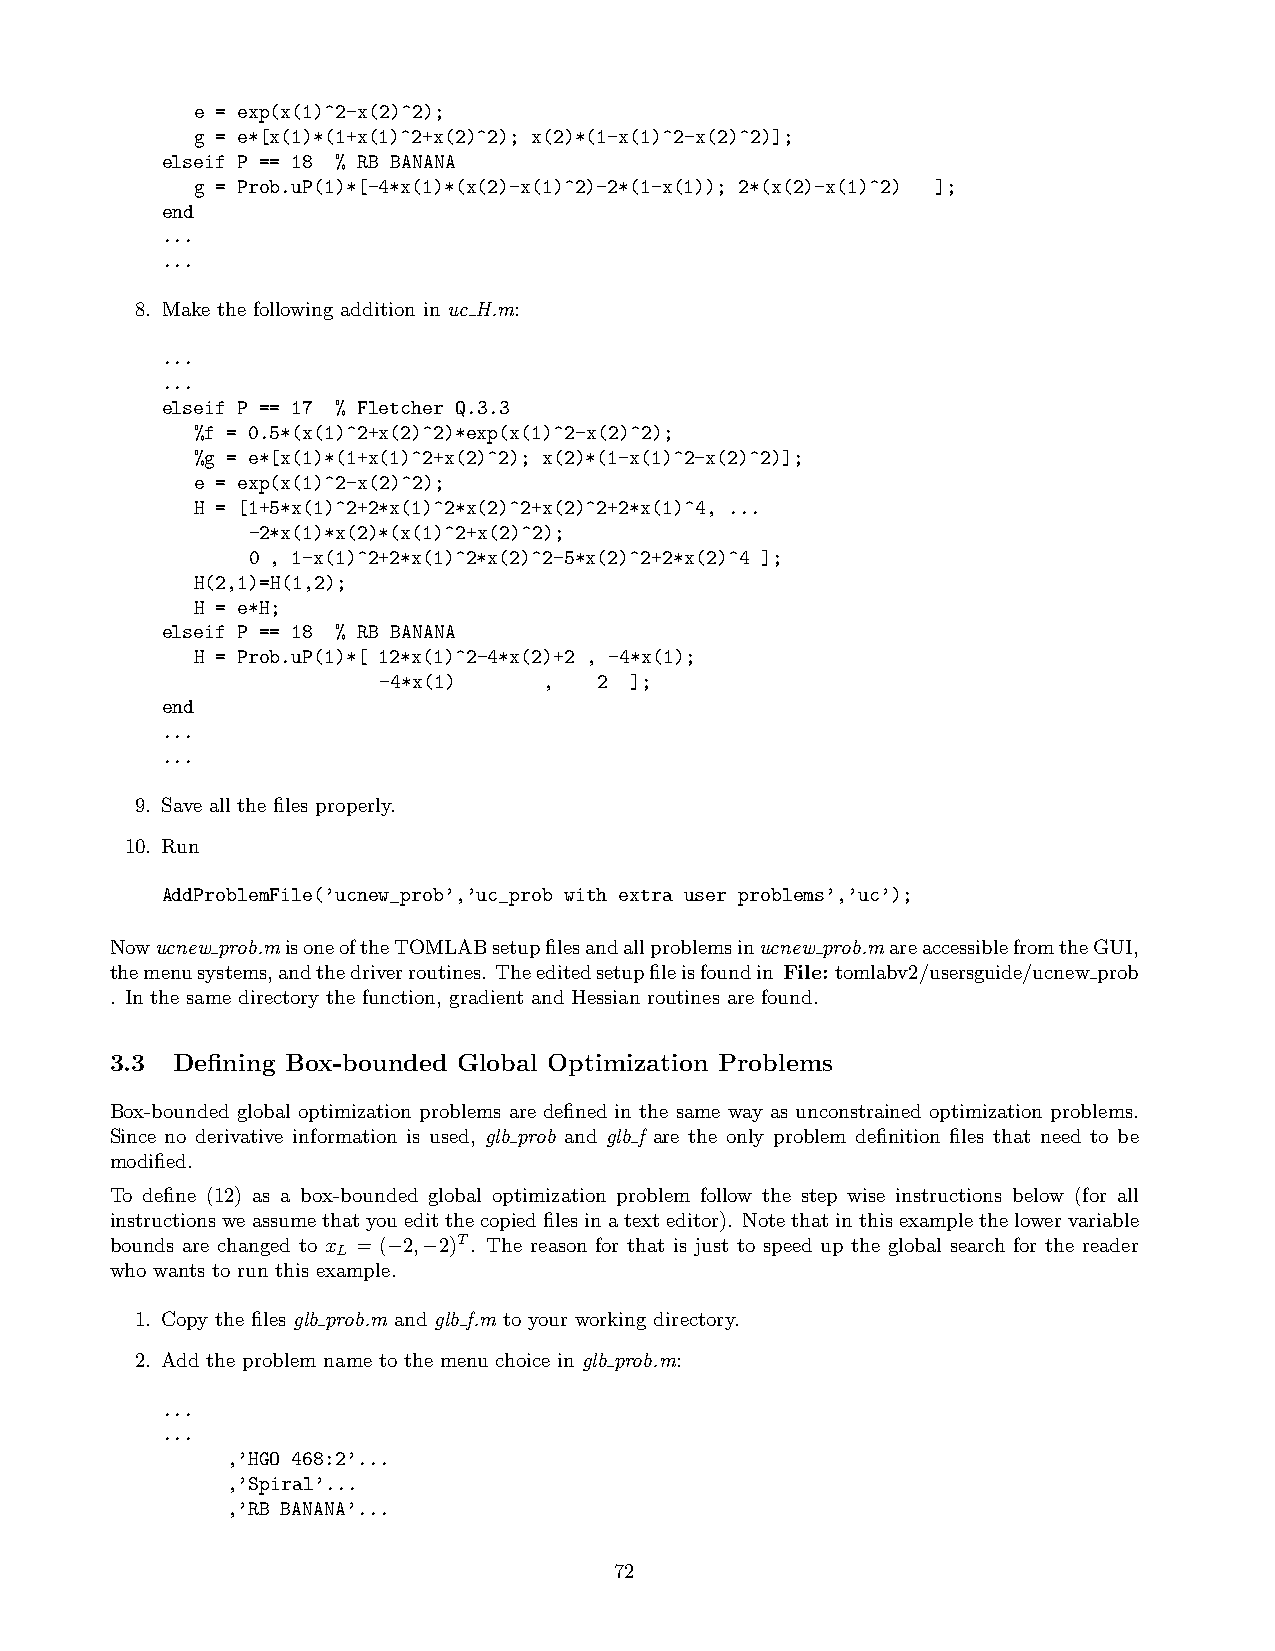
e = exp(x(1)^2-x(2)^2);
 g = e*[x(1)*(1+x(1)^2+x(2)^2); x(2)*(1-x(1)^2-x(2)^2)];
 elseif P == 18 % RB BANANA
 g = Prob.uP(1)*[-4*x(1)*(x(2)-x(1)^2)-2*(1-x(1)); 2*(x(2)-x(1)^2) ];
 end
 ...
 ...
 8. Make the following addition in uc H.m:
 ...
 ...
 elseif P == 17 % Fletcher Q.3.3
 %f = 0.5*(x(1)^2+x(2)^2)*exp(x(1)^2-x(2)^2);
 %g = e*[x(1)*(1+x(1)^2+x(2)^2); x(2)*(1-x(1)^2-x(2)^2)];
 e = exp(x(1)^2-x(2)^2);
 H = [1+5*x(1)^2+2*x(1)^2*x(2)^2+x(2)^2+2*x(1)^4, ...
 -2*x(1)*x(2)*(x(1)^2+x(2)^2);
 0 , 1-x(1)^2+2*x(1)^2*x(2)^2-5*x(2)^2+2*x(2)^4 ];
 H(2,1)=H(1,2);
 H = e*H;
 elseif P == 18 % RB BANANA
 H = Prob.uP(1)*[ 12*x(1)^2-4*x(2)+2 , -4*x(1);
 -4*x(1)    ,   2 ];
 end
 ...
 ...
 9. Save all the files properly.
 10. Run
 AddProblemFile(’ucnew_prob’,’uc_prob with extra user problems’,’uc’);
 Nowucnew prob.misoneoftheTOMLABsetupfilesandallproblemsinucnew prob.mareaccessiblefromtheGUI,
 themenusystems,andthedriverroutines. Theeditedsetupfileisfoundin File:tomlabv2/usersguide/ucnew prob
 . In the same directory the function, gradient and Hessian routines are found.
 3.3 Defining Box-bounded Global Optimization Problems
 Box-bounded global optimization problems are defined in the same way as unconstrained optimization problems.
 Since no derivative information is used, glb prob and glb f are the only problem definition files that need to be
 modified.
 To define (12) as a box-bounded global optimization problem follow the step wise instructions below (for all
 instructionsweassumethatyoueditthecopiedfilesinatexteditor). Notethatinthisexamplethelowervariable
 bounds are changed to x = (−2,−2)T. The reason for that is just to speed up the global search for the reader
 L
 who wants to run this example.
 1. Copy the files glb prob.m and glb f.m to your working directory.
 2. Add the problem name to the menu choice in glb prob.m:
 ...
 ...
 ,’HGO 468:2’...
 ,’Spiral’...
 ,’RB BANANA’...
 72